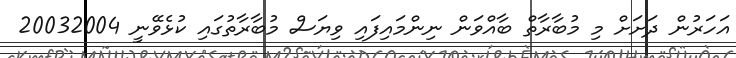
އަހަރުން ދަށަށް މި މުބާރާތް ބާއްވަން ނިންމައިފައި ވިޔަސް މުބާރާތުގައި ކުޅެވޭނީ 20032004